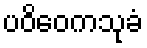
ပဝိဝေကသုခံ